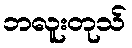
ဘလူးတုသ်